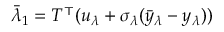
\bar { \lambda } _ { 1 } = T ^ { \top } ( u _ { \lambda } + \sigma _ { \lambda } ( \bar { y } _ { \lambda } - y _ { \lambda } ) )